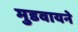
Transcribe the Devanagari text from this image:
मुडवायने